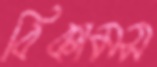
বিকামস